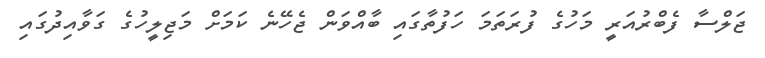
ޖަލްސާ ފެބްރުއަރީ މަހުގެ ފުރަތަމަ ހަފުތާގައި ބާއްވަން ޖެހޭނެ ކަމަށް މަޖިލީހުގެ ގަވާއިދުގައި